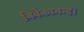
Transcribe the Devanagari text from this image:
विवेकानन्द।